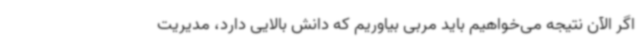
اگر الآن نتیجه می‌خواهیم باید مربی بیاوریم که دانش بالایی دارد، مدیریت